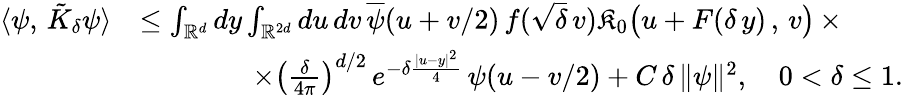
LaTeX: \begin{array}{rl}{\langle\psi,\, \tilde{K}_{\delta}\psi\rangle}&{\leq\int_{\mathbb{R}^{d}}dy\int_{\mathbb{R}^{2d}}du\, dv\, \overline{{\psi}}(u+v/2)\, f(\sqrt{\delta}\, v)\mathfrak{K}_{0}\big(u+F(\delta\, y)\, ,\, v\big)\, \times}\\ &{\qquad\qquad\times\left(\frac{\delta}{4\pi}\right)^{d/2}\, e^{-\delta\frac{|u-y|^{2}}{4}}\, {\psi}(u-v/2)+C\, \delta\, \Vert\psi\Vert^{2},\quad 0<\delta\leq 1.}\end{array}